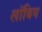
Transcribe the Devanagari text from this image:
लॉबिग